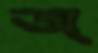
অ্